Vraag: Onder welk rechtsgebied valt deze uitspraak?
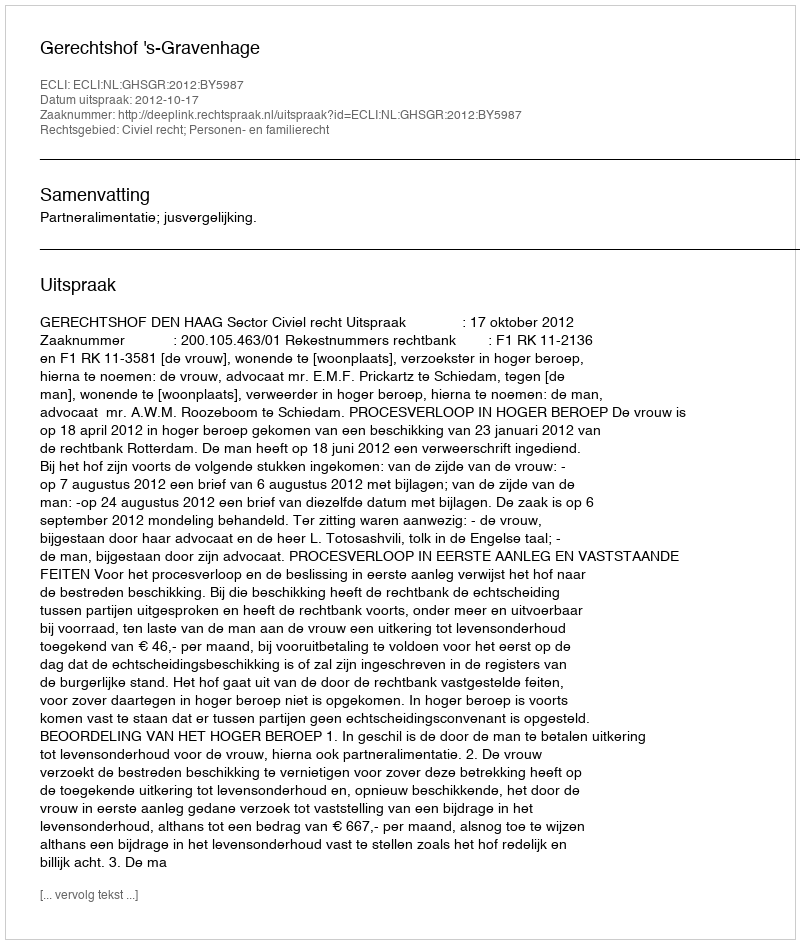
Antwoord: Civiel recht; Personen- en familierecht